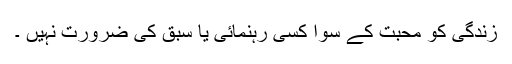
زندگی کو محبت کے سوا کسی رہنمائی یا سبق کی ضرورت نہیں ۔